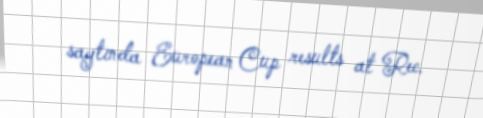
saytında European Cup results at Rec.